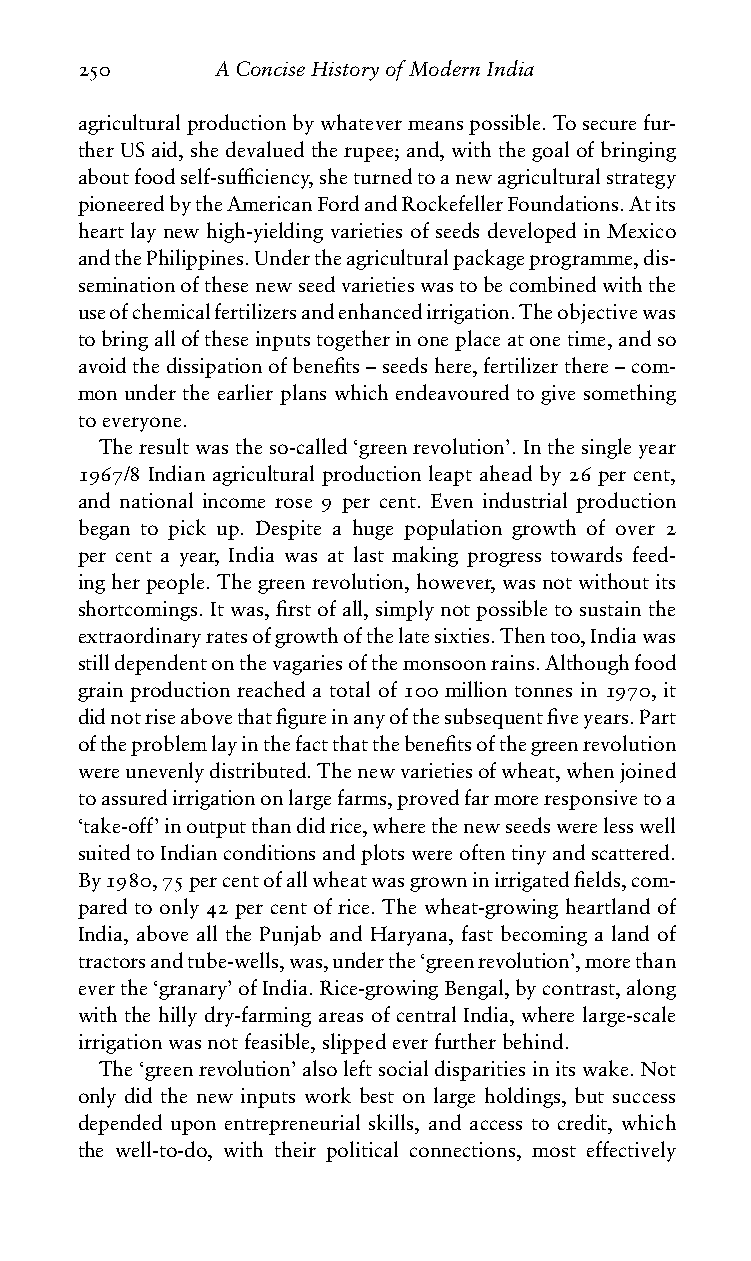
250      AConciseHistoryofModernIndia
 agriculturalproductionbywhatevermeanspossible.Tosecurefur-
 therUSaid,shedevaluedtherupee;and,withthegoalofbringing
 aboutfoodself-sufficiency,sheturnedtoanewagriculturalstrategy
 pioneeredbytheAmericanFordandRockefellerFoundations.Atits
 heart lay new high-yielding varieties of seeds developed in Mexico
 andthePhilippines.Undertheagriculturalpackageprogramme,dis-
 seminationofthesenewseedvarietieswastobecombinedwiththe
 useofchemicalfertilizersandenhancedirrigation.Theobjectivewas
 tobringalloftheseinputstogetherinoneplaceatonetime,andso
 avoidthedissipationofbenefits–seedshere,fertilizerthere–com-
 mon under the earlier plans which endeavoured to give something
 toeveryone.
 Theresultwastheso-called‘greenrevolution’.Inthesingleyear
 1967/8 Indian agricultural production leapt ahead by 26 per cent,
 and national income rose 9 per cent. Even industrial production
 began to pick up. Despite a huge population growth of over 2
 per cent a year, India was at last making progress towards feed-
 ingherpeople.Thegreenrevolution,however,wasnotwithoutits
 shortcomings.Itwas,firstofall,simplynotpossibletosustainthe
 extraordinaryratesofgrowthofthelatesixties.Thentoo,Indiawas
 stilldependentonthevagariesofthemonsoonrains.Althoughfood
 grain production reached a total of 100 million tonnes in 1970, it
 didnotriseabovethatfigureinanyofthesubsequentfiveyears.Part
 oftheproblemlayinthefactthatthebenefitsofthegreenrevolution
 wereunevenlydistributed.Thenewvarietiesofwheat,whenjoined
 toassuredirrigationonlargefarms,provedfarmoreresponsivetoa
 ‘take-off’inoutputthandidrice,wherethenewseedswerelesswell
 suitedtoIndianconditionsandplotswereoftentinyandscattered.
 By1980,75percentofallwheatwasgrowninirrigatedfields,com-
 pared to only 42 per cent of rice. The wheat-growing heartland of
 India, above all the Punjab and Haryana, fast becoming a land of
 tractorsandtube-wells,was,underthe‘greenrevolution’,morethan
 everthe‘granary’ofIndia.Rice-growingBengal,bycontrast,along
 with the hilly dry-farming areas of central India, where large-scale
 irrigationwasnotfeasible,slippedeverfurtherbehind.
 The‘greenrevolution’alsoleftsocialdisparitiesinitswake.Not
 only did the new inputs work best on large holdings, but success
 depended upon entrepreneurial skills, and access to credit, which
 the well-to-do, with their political connections, most effectively